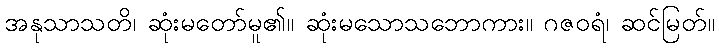
အနုသာသတိ၊ ဆုံးမတော်မူ၏။ ဆုံးမသောသဘောကား။ ဂဇဝရံ၊ ဆင်မြတ်။